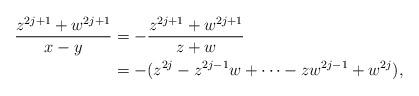
LaTeX: \begin{align*}\frac{z^{2j+1} +w^{2j+1}}{x-y}&= - \frac{z^{2j+1} +w^{2j+1}}{z+w} \\&=- (z^{2j} - z^{2j-1}w + \cdots -zw^{2j-1}+w^{2j}), \end{align*}